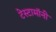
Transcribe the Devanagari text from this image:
टेस्टामॉनी